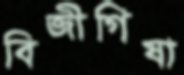
বিজীগিষা